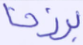
برزخا